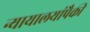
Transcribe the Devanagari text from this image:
न्यायालयांपैकी